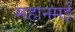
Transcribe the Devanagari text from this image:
महानमई